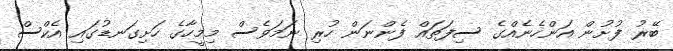
ބޭރު ފުށުން އަންހެނެއްގެ ސިފަތައް ފެންނަން ހުރި ނަމަވެސް މިމީހާގެ ހަށިގަނޑުގައި އެކްސް